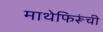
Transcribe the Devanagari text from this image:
माथेफिरूंची